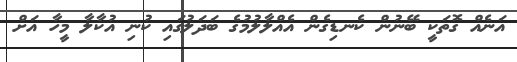
އަނެއް ގޮތަކީ ބޭނުން ކެނޑިގެން އެއްލާލުމުގެ ބަދަލުގައި ކުނި އުކާލާ މީހާ އަށް